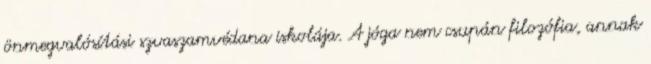
önmegvalósítási szvaszamvédana iskolája. A jóga nem csupán filozófia, annak